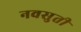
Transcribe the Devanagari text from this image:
नवसुती